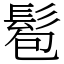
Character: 髱